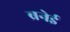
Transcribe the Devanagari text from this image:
ब्रनेई